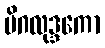
မိဂလုဒ္ဒကော